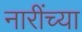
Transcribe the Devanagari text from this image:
नारींच्या